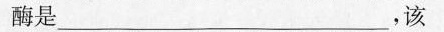
酶是___，该